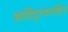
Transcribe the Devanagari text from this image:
आदिपुराणसंहिता